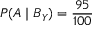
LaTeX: P ( A \mid B _ { Y } ) = { \frac { 9 5 } { 1 0 0 } }